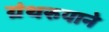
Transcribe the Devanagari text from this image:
ग्रंथरुपाने